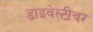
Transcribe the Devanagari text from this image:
डाइवेस्टीचर